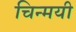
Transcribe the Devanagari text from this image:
चिन्मयी